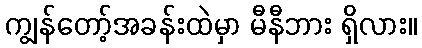
ကျွန်တော့်အခန်းထဲမှာ မီနီဘား ရှိလား။